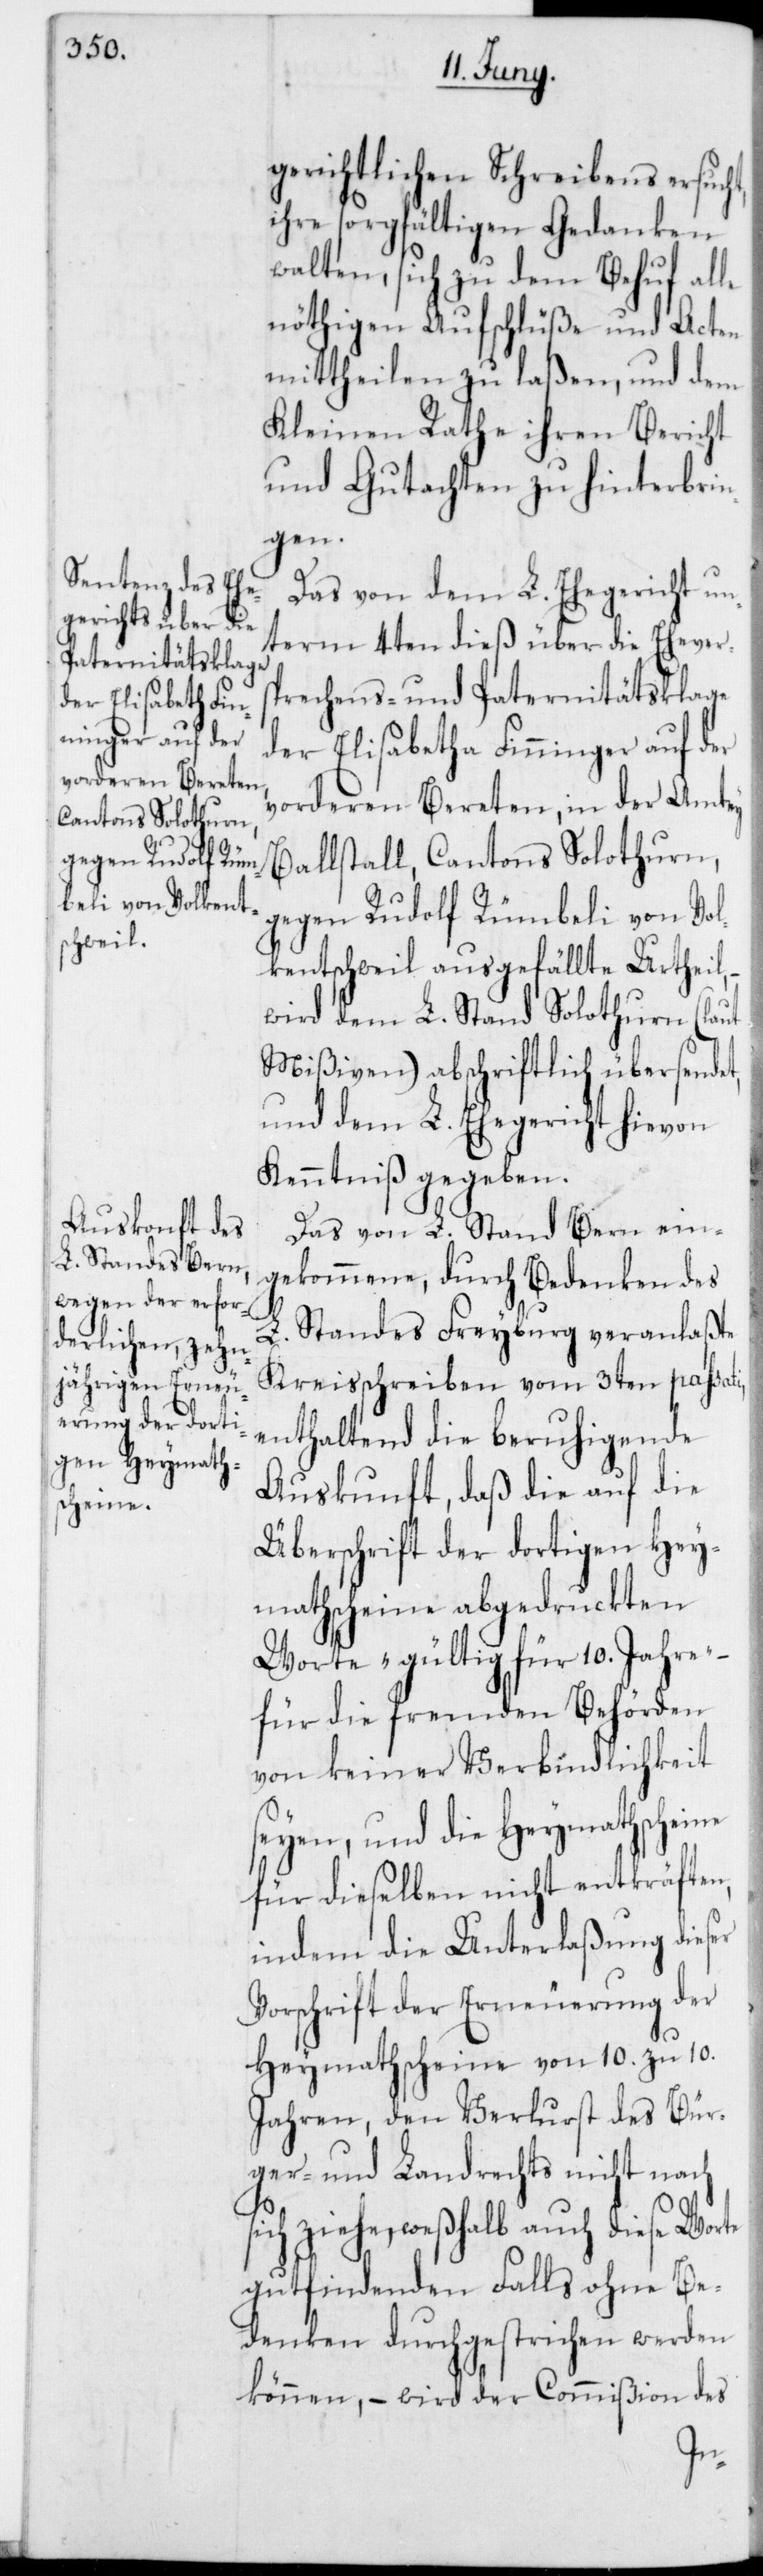
gerichtlichen Schreibens ersuch¬
ihre sorgfältigen Gedanken
walten, sich zu dem Behuf alle
nöthigen Aufschlüße und Acten
mittheilen zu laßen, und dem
Kleinen Rathe ihren Bericht
und Gutachten zu hinterbrin¬
gen.
Das von dem L. Ehegericht un¬
term 4ten dieß über die Ehevers¬
prechens- und Paternitätsklage
der Elisabetha Finninger auf der
vorderen Bereten, in der Amtey
Ballstall, Cantons Solothurn,
gegen Rudolf Rümbeli von Vol¬
kentschweil ausgefällte Urtheil,
wird dem L. Stand Solothurn (laut
Mißiven) abschriftlich übersendet,
und dem L. Ehegericht hievon
Kenntniß gegeben.
Das von L. Stand Bern ein¬
gekommene, durch Bedenken des
L. Standes Freyburg veranlaßte
Kreisschreiben vom 3ten passa¬
enthaltend die beruhigende
Auskunft, daß die auf die
Überschrift der dortigen Hey¬
mathscheine abgedruckten
Worte „gültig für 10. Jahre“
für die fremden Behörden
von keiner Verbindlichkeit
seyen, und die Heymathscheine
für dieselben nicht entkräften,
indem die Unterlaßung dieser
Vorschrift der Erneuerung der
Heymathscheine von 10. zu 10.
Jahren, den Verlust des Bür¬
ger- und Landrechts nicht nach
sich ziehe, weshalb auch diese Worte
gutfindenden Falls ohne Be¬
denken durchgestrichen werden
können, – wird der Commißion des
ti,